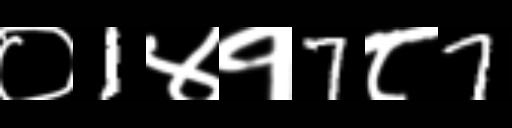
Text: ०1४१7८7